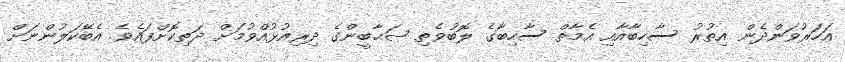
އަހަރުވަންދެން އިތުރު ސާހިބާއާއި އެމާތް ސާހިބާގެ ލޮބުވެތި ޞަޙާބީންގެ ދިރިއުޅުއްވުމަށް ދަތިކޮށްފައެވެ. އެބޭކަލުންނަށް